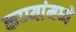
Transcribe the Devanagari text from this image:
कप्प्यांमध्ये